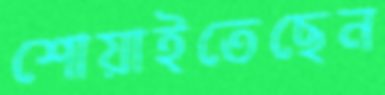
শোয়াইতেছেন